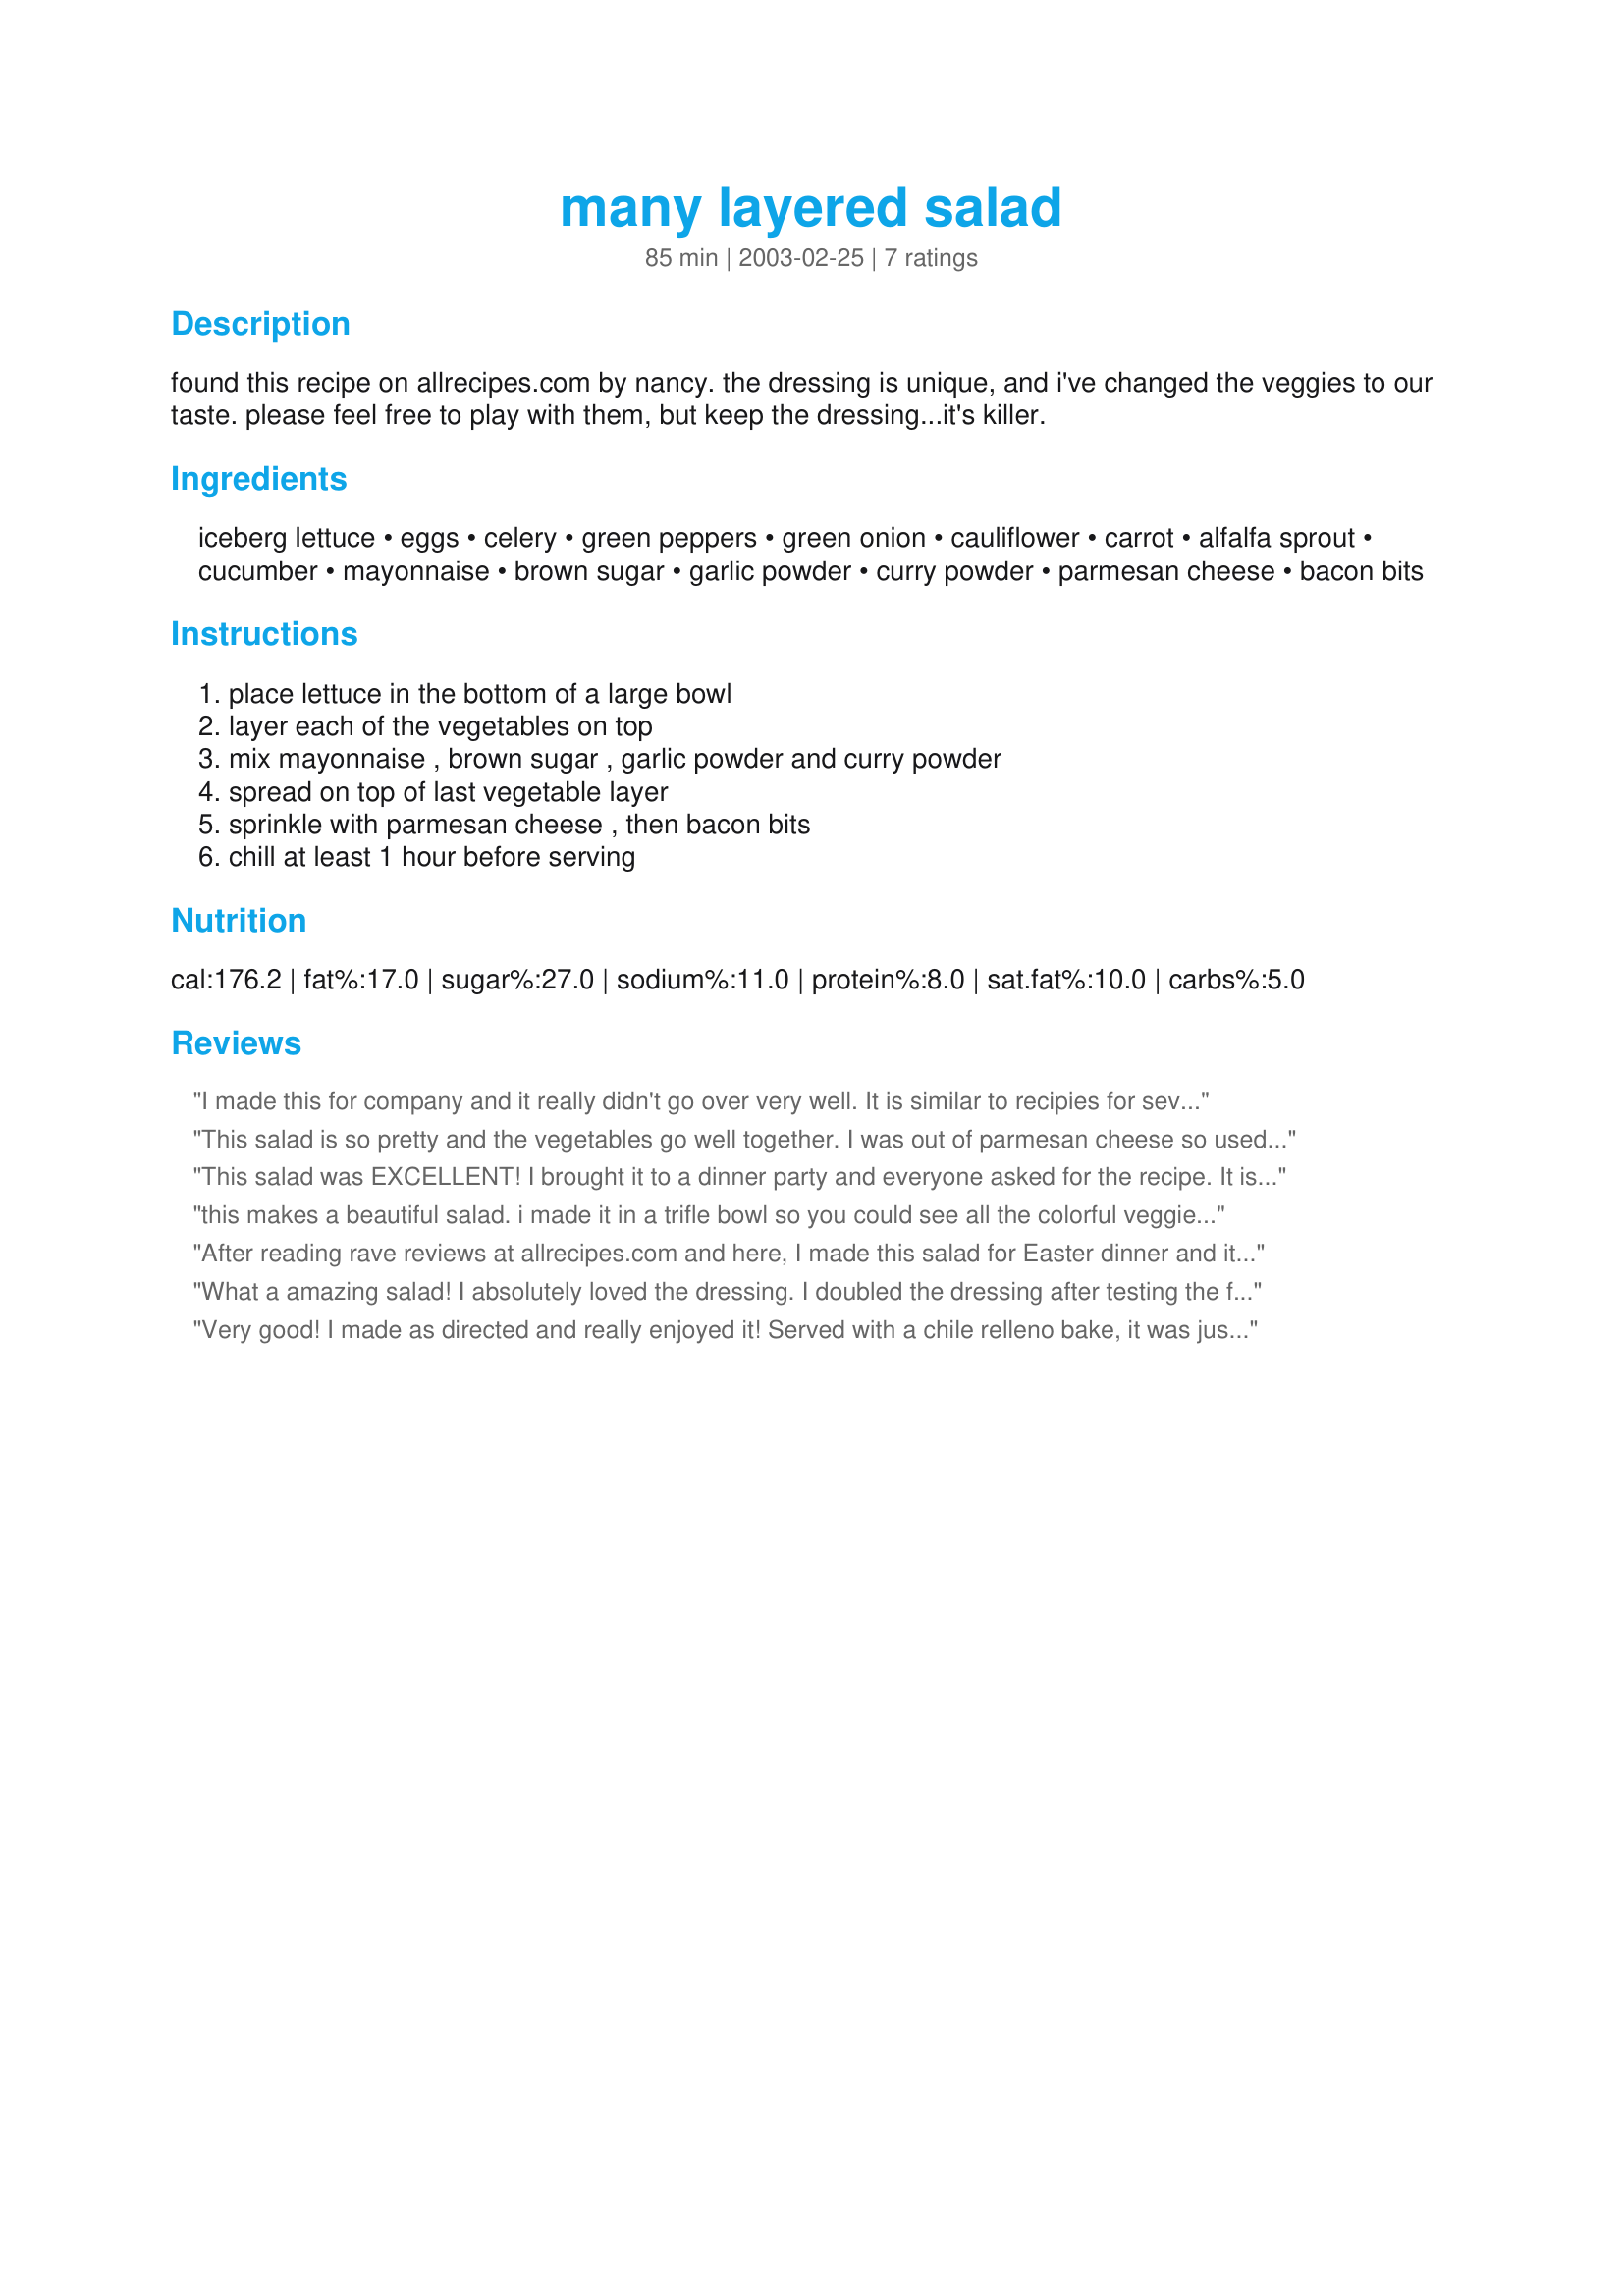
many layered salad
Preparation time: 85 minutes

found this recipe on allrecipes.com by nancy. the dressing is unique, and i've changed the veggies to our taste. please feel free to play with them, but keep the dressing...it's killer.

Ingredients:
iceberg lettuce, eggs, celery, green peppers, green onion, cauliflower, carrot, alfalfa sprout, cucumber, mayonnaise, brown sugar, garlic powder, curry powder, parmesan cheese, bacon bits

Steps:
place lettuce in the bottom of a large bowl, layer each of the vegetables on top, mix mayonnaise , brown sugar , garlic powder and curry powder, spread on top of last vegetable layer, sprinkle with parmesan cheese , then bacon bits, chill at least 1 hour before serving

Reviews:
I made this for company and it really didn't go over very well. It is similar to recipies for seven layer salads that I have tried but the dressing wasn't as good.
This salad is so pretty and the vegetables go well together. I was out of parmesan cheese so used grated cheddar but followed the rest of the recipe pretty much but used a bit less lettuce (about half a head). Next time I think I'll use a bit less lettuce and use a bit more of the cauliflower for a change. Thanks for sharing!
This salad was EXCELLENT! I brought it to a dinner party and everyone asked for the recipe. It is beautiful served in a tall glass bowl so all the layers are visible. I was a little concerned about the curry in the dressing, but everyone loved it!
this makes a beautiful salad. i made it in a trifle bowl so you could see all the colorful veggies. the dressing was like the icing on the cake
After reading rave reviews at allrecipes.com and here, I made this salad for Easter dinner and it was a disappointment. Even though I crisped the lettuce ahead of time, the shredded lettuce went limp almost immediately. The dressing was tasty - but I increased the garlic, curry and Parmesan or it would have been bland. If I made it again, I would use torn Romain lettuce instead of shredded Iceberg.
What a amazing salad! I absolutely loved the dressing. I doubled the dressing after testing the flavor and I loved it! :) I thought the curry powder really set the dressing off along with the brown sugar and I ain't much of a curry powder person. It really went good with recipe#152116 . I added some radishes to the layers and put the chopped egg on top and than I added the dressing over the eggs and than ended with parmesan cheese and bacon bits on top. 
Thanks for sharing the recipe! I know I will make this again :)
Very good! I made as directed and really enjoyed it! Served with a chile relleno bake, it was just right. Thank you! Made for the Zaar Stars game.
